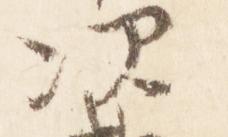
次